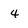
Character: 4